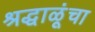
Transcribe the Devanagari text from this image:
श्रद्धाळूंचा